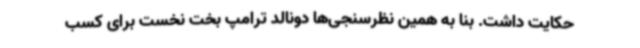
حکایت داشت. بنا به همین نظرسنجی‌ها دونالد ترامپ بخت نخست برای کسب